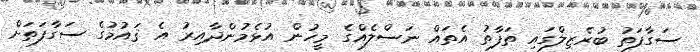
ސަގާފަތު ބުރެޒިލްގައި ތަފާތު އެތައް ނަސްލެއްގެ މީހުން އުޅެމުންދާއިރު އެ ޤައުމުގެ ސަގާފަތަށް